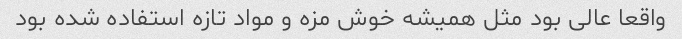
واقعا عالی بود مثل همیشه خوش مزه و مواد تازه استفاده شده بود